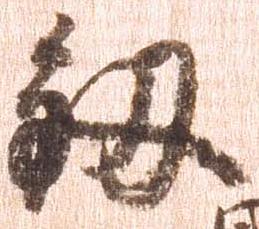
釼